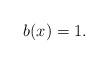
LaTeX: \begin{align*} b(x)=1.\end{align*}